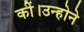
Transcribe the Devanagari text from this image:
कीं।उन्होने